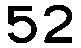
52